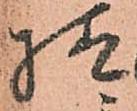
様